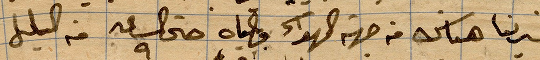
انزلنا هناك من جهة الهواء ومياه حتى الساعة ٨ من الليلة